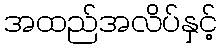
အထည်အလိပ်နှင့်